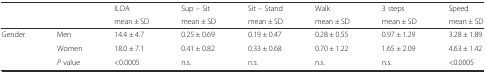
<table><thead><tr><td rowspan="2"></td><td rowspan="2"></td><td><b>ILOA</b></td><td><b>Sup – Sit</b></td><td><b>Sit – Stand</b></td><td><b>Walk</b></td><td><b>3 steps</b></td><td><b>Speed</b></td></tr><tr><td><b>mean ± SD</b></td><td><b>mean ± SD</b></td><td><b>mean ± SD</b></td><td><b>mean ± SD</b></td><td><b>mean ± SD</b></td><td><b>mean ± SD</b></td></tr></thead><tbody><tr><td rowspan="3">Gender</td><td>Men</td><td>14.4 ± 4.7</td><td>0.25 ± 0.69</td><td>0.19 ± 0.47</td><td>0.28 ± 0.55</td><td>0.97 ± 1.29</td><td>3.28 ± 1.89</td></tr><tr><td>Women</td><td>18.0 ± 7.1</td><td>0.41 ± 0.82</td><td>0.33 ± 0.68</td><td>0.70 ± 1.22</td><td>1.65 ± 2.09</td><td>4.63 ± 1.42</td></tr><tr><td><i>P</i> value</td><td>&lt;0.0005</td><td>n.s.</td><td>n.s.</td><td>n.s.</td><td>n.s.</td><td>&lt;0.0005</td></tr></tbody></table>